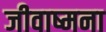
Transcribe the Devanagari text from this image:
जीवाष्मना